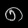
Digit: ၈